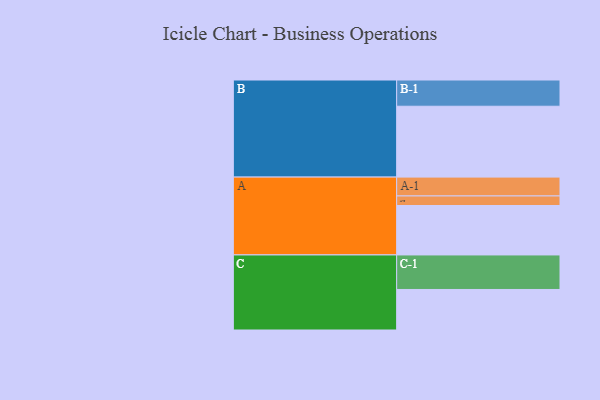
{"axis": {"x": "Segment", "y": "Value"}, "legend": ["", "A", "B", "C"], "data": [{"x": "A", "y": 388, "type": ""}, {"x": "B", "y": 556, "type": ""}, {"x": "C", "y": 318, "type": ""}, {"x": "A-1", "y": 148, "type": "A"}, {"x": "A-2", "y": 75, "type": "A"}, {"x": "B-1", "y": 206, "type": "B"}, {"x": "C-1", "y": 271, "type": "C"}]}